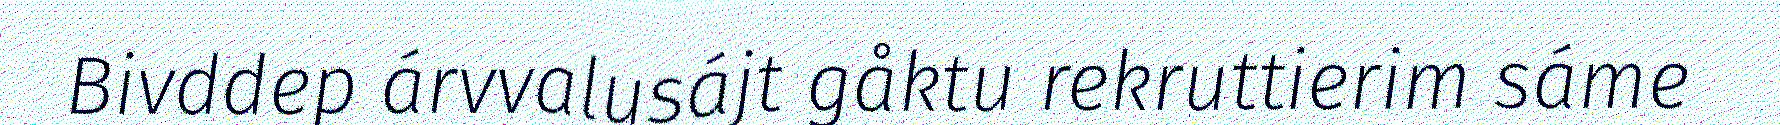
Bivddep árvvalusájt gåktu rekruttierim sáme